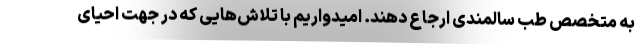
به متخصص طب سالمندی ارجاع دهند. امیدواریم با تلاش‌هایی که در جهت احیای